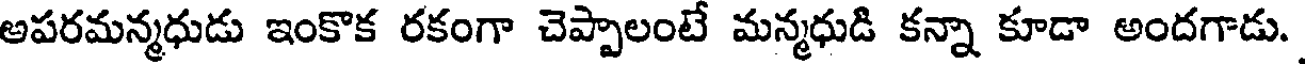
అపరమన్మధుడు ఇంకొక రకంగా చెప్పాలంటే మన్మధుడి కన్నా కూడా అందగాడు.